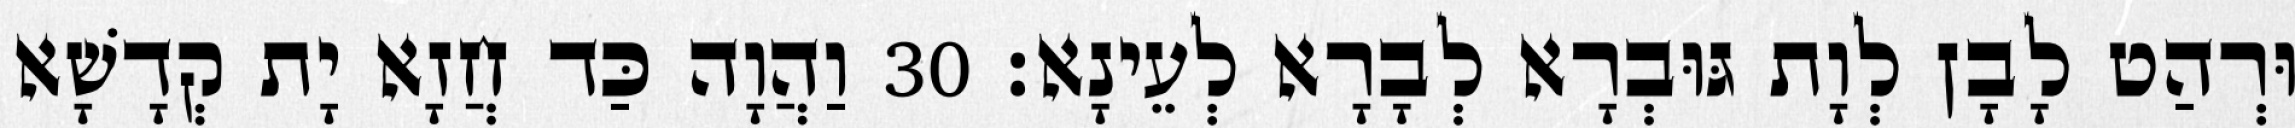
וּרְהַט לָבָן לְוָת גּוּבְרָא לְבָרָא לְעֵינָא׃ 30 וַהֲוָה כַּד חֲזָא יָת קְדָשָׁא